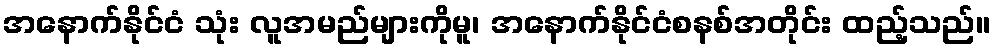
အနောက်နိုင်ငံ သုံး လူအမည်များကိုမူ၊ အနောက်နိုင်ငံစနစ်အတိုင်း ထည့်သည်။